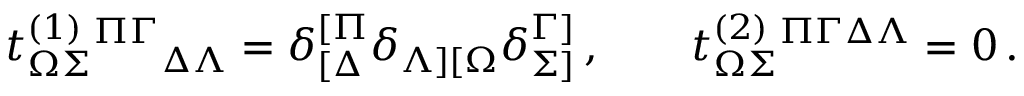
t _ { \Omega \Sigma } ^ { ( 1 ) } { } ^ { \Pi \Gamma } { } _ { \Delta \Lambda } = \delta _ { [ \Delta } ^ { [ \Pi } \delta _ { \Lambda ] [ \Omega } \delta _ { \Sigma ] } ^ { \Gamma ] } \, , \qquad t _ { \Omega \Sigma } ^ { ( 2 ) } { } ^ { \Pi \Gamma \Delta \Lambda } = 0 \, .